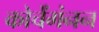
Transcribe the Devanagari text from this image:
कोचेंगंनन